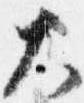
大